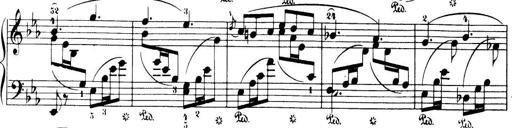
Title: 32 Sonatinas and Rondos for the Piano
Composer: Richard Kleinmichel